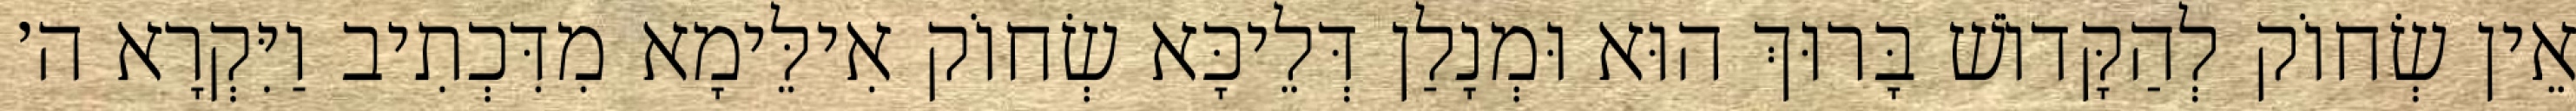
אֵין שְׂחוֹק לְהַקָּדוֹשׁ בָּרוּךְ הוּא וּמְנָלַן דְּלֵיכָּא שְׂחוֹק אִילֵּימָא מִדִּכְתִיב וַיִּקְרָא ה׳